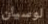
لوسيان